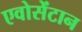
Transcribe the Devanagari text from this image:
एवोसेंटान